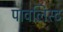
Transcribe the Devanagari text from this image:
पावलिस्ट